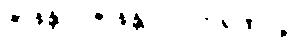
ဇာနန္တာ ဇာနန္တ ပါပကရဏပဥှ။